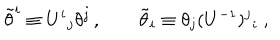
\tilde { \theta } ^ { i } \equiv U ^ { i } { } _ { j } \theta ^ { j } \, , \qquad \tilde { \theta } _ { i } \equiv \theta _ { j } ( U ^ { - 1 } ) ^ { j } { } _ { i } \ ,